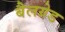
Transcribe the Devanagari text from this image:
बैलग्रेड